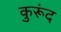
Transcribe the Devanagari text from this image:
कुरूंद